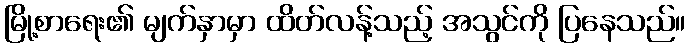
မြို့စာရေး၏ မျက်နှာမှာ ထိတ်လန့်သည့် အသွင်ကို ပြနေသည်။